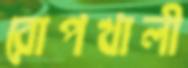
রোপখালী